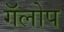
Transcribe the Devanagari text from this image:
गॅलोप